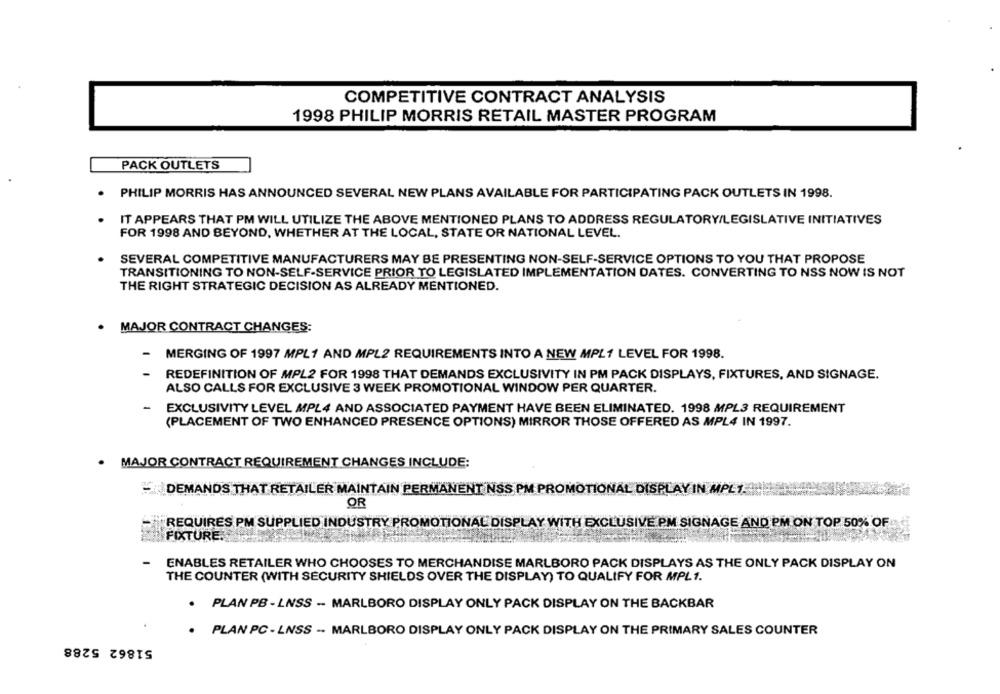
COMPETITIVE CONTRACT ANALYSIS
1998 PHILIP MORRIS RETAIL MASTER PROGRAM
PACK OUTLETS
PHILIP MORRIS HAS ANNOUNCED SEVERAL NEW PLANS AVAILABLE FOR PARTICIPATING PACK OUTLETS IN 1998.
IT APPEARS THAT PM WILL UTILIZE THE ABOVE MENTIONED PLANS TO ADDRESS REGULATORY/LEGISLATIVE INITIATIVES
FOR 1998 AND BEYOND, WHETHER AT THE LOCAL, STATE OR NATIONAL LEVEL.
SEVERAL COMPETITIVE MANUFACTURERS MAY BE PRESENTING NON-SELF-SERVICE OPTIONS TO YOU THAT PROPOSE
TRANSITIONING TO NON-SELF-SERVICE PRIOR TO LEGISLATED IMPLEMENTATION DATES. CONVERTING TO NSS NOW IS NOT
THE RIGHT STRATEGIC DECISION AS ALREADY MENTIONED.
MAJOR CONTRACT CHANGES:
MERGING OF 1997 MPL1 AND MPL2 REQUIREMENTS INTO A NEW MPL1 LEVEL FOR 1998.
REDEFINITION OF MPL2 FOR 1998 THAT DEMANDS EXCLUSIVITY IN PM PACK DISPLAYS, FIXTURES, AND SIGNAGE.
ALSO CALLS FOR EXCLUSIVE 3 WEEK PROMOTIONAL WINDOW PER QUARTER.
EXCLUSIVITY LEVEL MPL4 AND ASSOCIATED PAYMENT HAVE BEEN ELIMINATED. 1998 MPL3 REQUIREMENT
(PLACEMENT OF TWO ENHANCED PRESENCE OPTIONS) MIRROR THOSE OFFERED AS MPL4 IN 1997.
· MAJOR CONTRACT REQUIREMENT CHANGES INCLUDE:
DEMANDS THAT RETAILER MAINTAIN PERMANENT NSS PM PROMOTIONAL DISPLAY IN MPLY
OR
REQUIRES PM SUPPLIED INDUSTRY PROMOTIONAL DISPLAY WITH EXCLUSIVE PM SIGNAGE AND PM ON TOP 50% OF
FIXTURE.
ENABLES RETAILER WHO CHOOSES TO MERCHANDISE MARLBORO PACK DISPLAYS AS THE ONLY PACK DISPLAY ON
THE COUNTER (WITH SECURITY SHIELDS OVER THE DISPLAY) TO QUALIFY FOR MPL1.
. PLAN PB - LNSS - MARLBORO DISPLAY ONLY PACK DISPLAY ON THE BACKBAR
. PLAN PC - LNSS - MARLBORO DISPLAY ONLY PACK DISPLAY ON THE PRIMARY SALES COUNTER
51862 5288